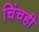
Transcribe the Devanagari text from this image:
चिंचही